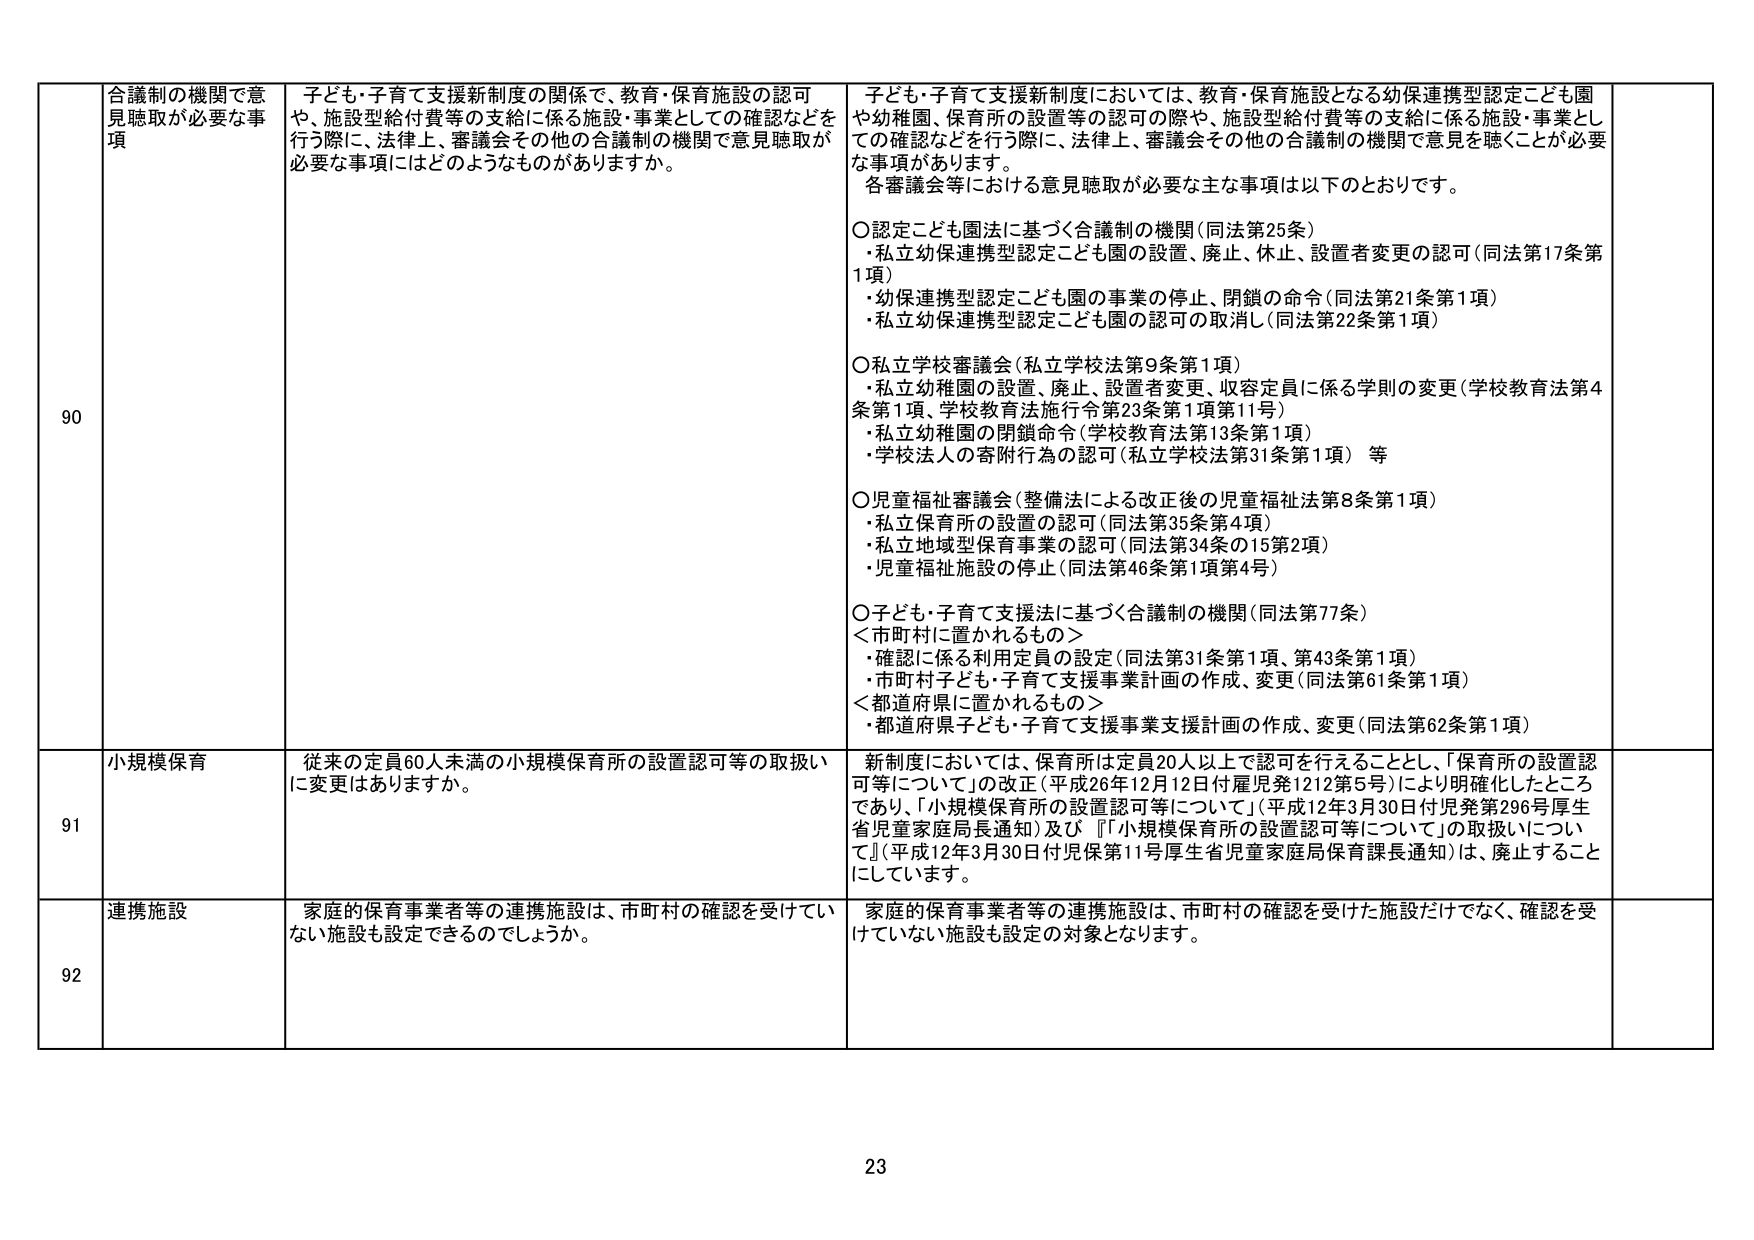
90 合議制の機関で意見聴取が必要な事項
子ども・子育て支援新制度の関係で、教育・保育施設の認可や、施設型給付費等の支給に係る施設・事業としての確認などを行う際に、法律上、審議会その他の合議制の機関で意見聴取が必要な事項にはどのようなものがありますか。

子ども・子育て支援新制度においては、教育・保育施設となる幼保連携型認定こども園や幼稚園、保育所の設置等の認可の際や、施設型給付費等の支給に係る施設・事業としての確認などを行う際に、法律上、審議会その他の合議制の機関で意見を聴くことが必要な事項があります。
各審議会等における意見聴取が必要な主な事項は以下のとおりです。

○ 認定こども園法に基づく合議制の機関（同法第25条）
・私立幼保連携型認定こども園の設置、廃止、休止、設置者変更の認可（同法第17条第1項）
・幼保連携型認定こども園の事業の停止、閉鎖の命令（同法第21条第1項）
・私立幼保連携型認定こども園の認可の取消し（同法第22条第1項）

○ 私立学校審議会（私立学校法第9条第1項）
・私立幼稚園の設置、廃止、設置者変更、収容定員に係る学則の変更（学校教育法第4条第1項、学校教育法施行令第23条第1項第11号）
・私立幼稚園の閉鎖命令（学校教育法第13条第1項）
・学校法人の寄附行為の認可（私立学校法第31条第1項） 等

○ 児童福祉審議会（整備法による改正後の児童福祉法第8条第1項）
・私立保育所の設置の認可（同法第35条第4項）
・私立地域型保育事業の認可（同法第34条の15第2項）
・児童福祉施設の停止（同法第46条第1項第4号）

○ 子ども・子育て支援法に基づく合議制の機関（同法第77条）
＜市町村に置かれるもの＞
・確認に係る利用定員の設定（同法第31条第1項、第43条第1項）
・市町村子ども・子育て支援事業計画の作成、変更（同法第61条第1項）
＜都道府県に置かれるもの＞
・都道府県子ども・子育て支援事業支援計画の作成、変更（同法第62条第1項）

91 小規模保育
従来の定員60人未満の小規模保育所の設置認可等の取扱いに変更はありますか。

新制度においては、保育所は定員20人以上で認可を行えることとし、「保育所の設置認可等について」の改正（平成26年12月12日付雇児発1212第5号）により明確化したところであり、「小規模保育所の設置認可等について」（平成12年3月30日付児発第296号厚生省児童家庭局長通知）及び「『小規模保育所の設置認可等について』の取扱いについて」（平成12年3月30日付児保第11号厚生省児童家庭局保育課長通知）は、廃止することにしています。

92 連携施設
家庭の保育事業者等の連携施設は、市町村の確認を受けていない施設も設定できるのでしょうか。

家庭の保育事業者等の連携施設は、市町村の確認を受けた施設だけでなく、確認を受けていない施設も設定の対象となります。

23